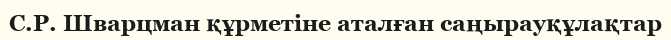
С.Р. Шварцман құрметіне аталған саңырауқұлақтар